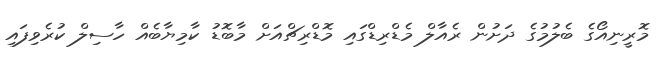
މޮރީނިއޯގެ ބެލުމުގެ ދަށުން ރެއާލް މެޑްރިޑްގައި މޮޑްރިޗްއަށް މާބޮޑު ކާމިޔާބެއް ހާސިލް ކުރެވިފައި